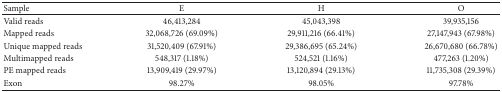
<table><thead><tr><td><b>Sample</b></td><td><b>E</b></td><td><b>H</b></td><td><b>O</b></td></tr></thead><tbody><tr><td>Valid reads</td><td>46,413,284</td><td>45,043,398</td><td>39,935,156</td></tr><tr><td>Mapped reads</td><td>32,068,726 (69.09%)</td><td>29,911,216 (66.41%)</td><td> 27,147,943 (67.98%)</td></tr><tr><td>Unique mapped reads</td><td>31,520,409 (67.91%)</td><td>29,386,695 (65.24%)</td><td> 26,670,680 (66.78%)</td></tr><tr><td>Multimapped reads</td><td>548,317 (1.18%)</td><td> 524,521 (1.16%)</td><td> 477,263 (1.20%)</td></tr><tr><td>PE mapped reads</td><td>13,909,419 (29.97%)</td><td> 13,120,894 (29.13%)</td><td> 11,735,308 (29.39%)</td></tr><tr><td>Exon</td><td>98.27%</td><td> 98.05%</td><td> 97.78%</td></tr></tbody></table>